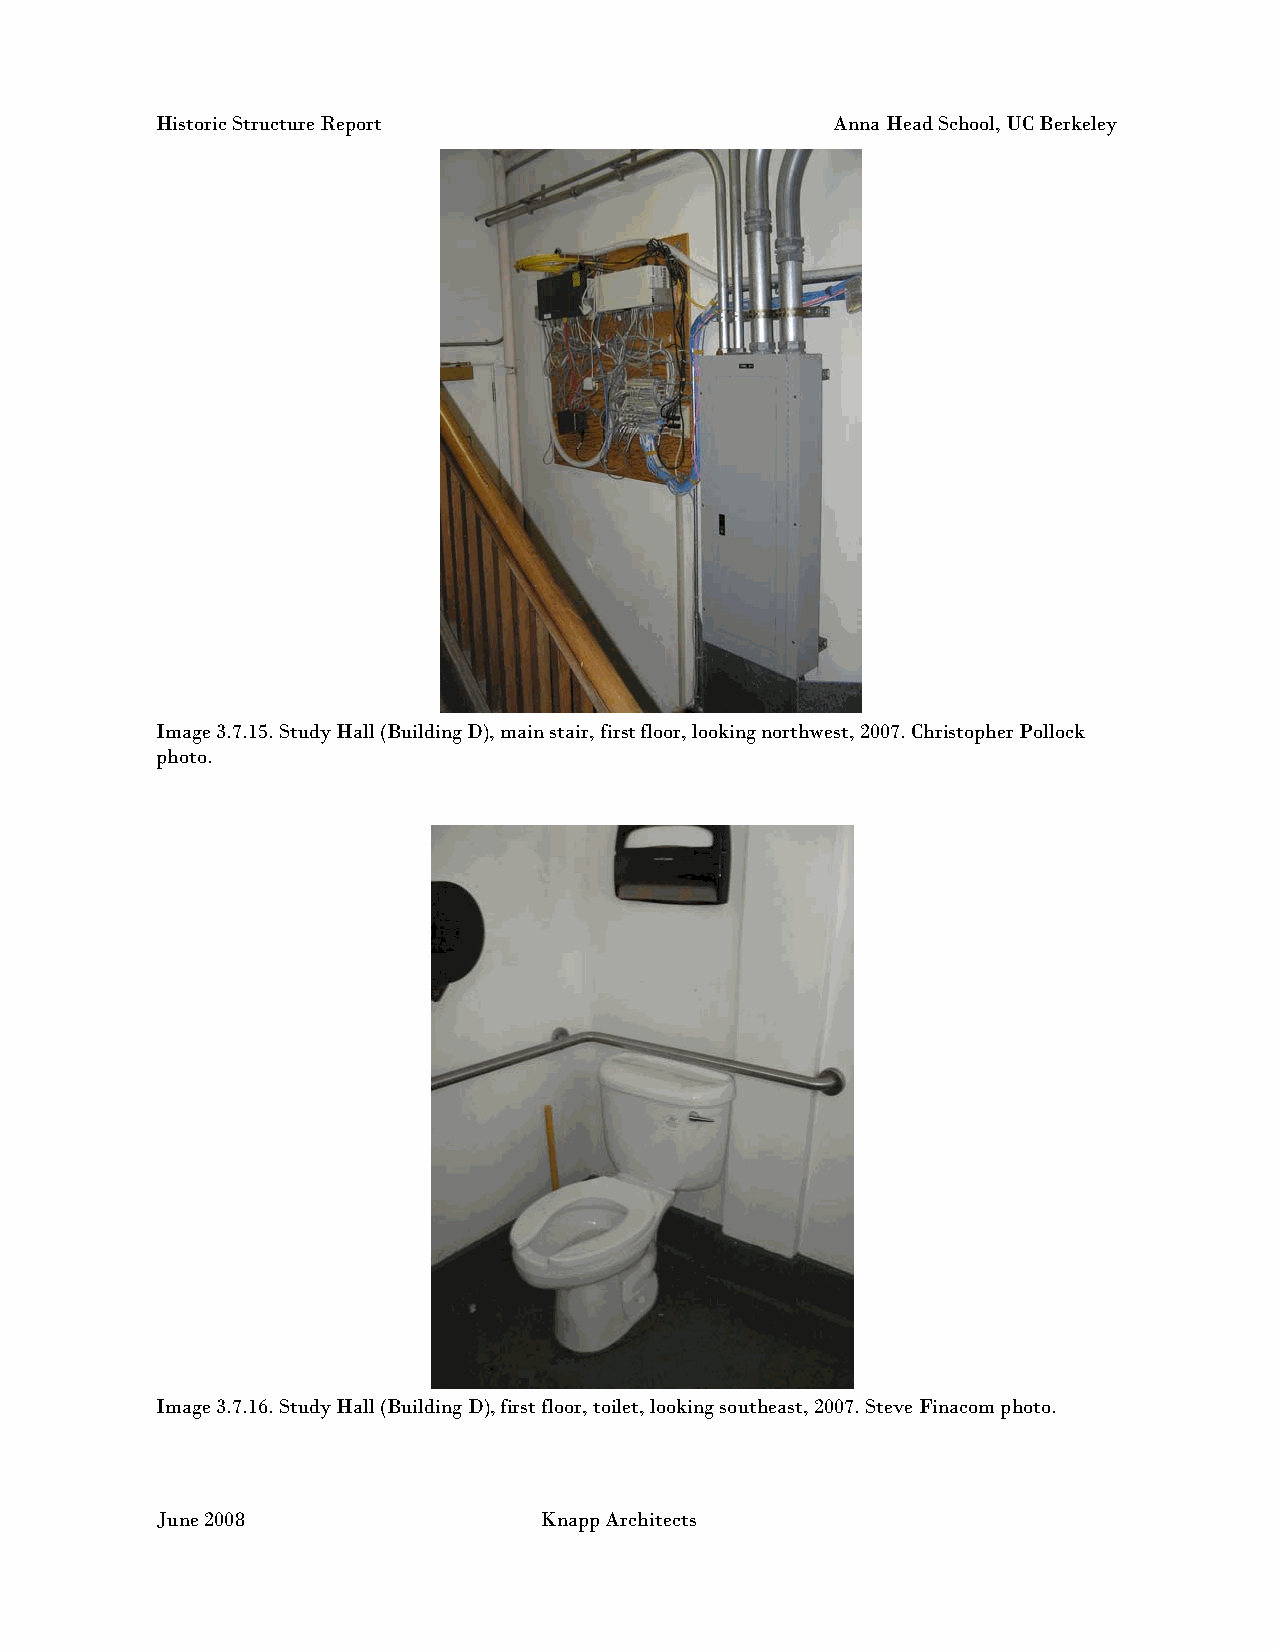
Historic Structure Report                    Anna Head School, UC Berkeley
 Image 3.7.15. Study Hall (Building D), main stair, first floor, looking northwest, 2007. Christopher Pollock
 photo.
 Image 3.7.16. Study Hall (Building D), first floor, toilet, looking southeast, 2007. Steve Finacom photo.
 June 2008                 Knapp Architects